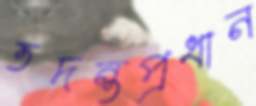
তদন্তপ্রধান